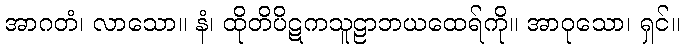
အာဂတံ၊ လာသော။ နံ၊ ထိုတိပိဋကသူဠာဘယထေရ်ကို။ အာဝုသော၊ ရှင်။